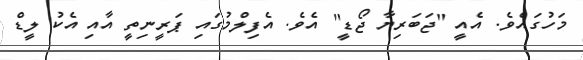
މަހުގައެވެ. އެއީ "ޖަބަރިޔާ ޖޯޑީ" އެވެ. އެފިލްމުގަައި ޕަރީނިތީ އާއި އެކު ލީޑް